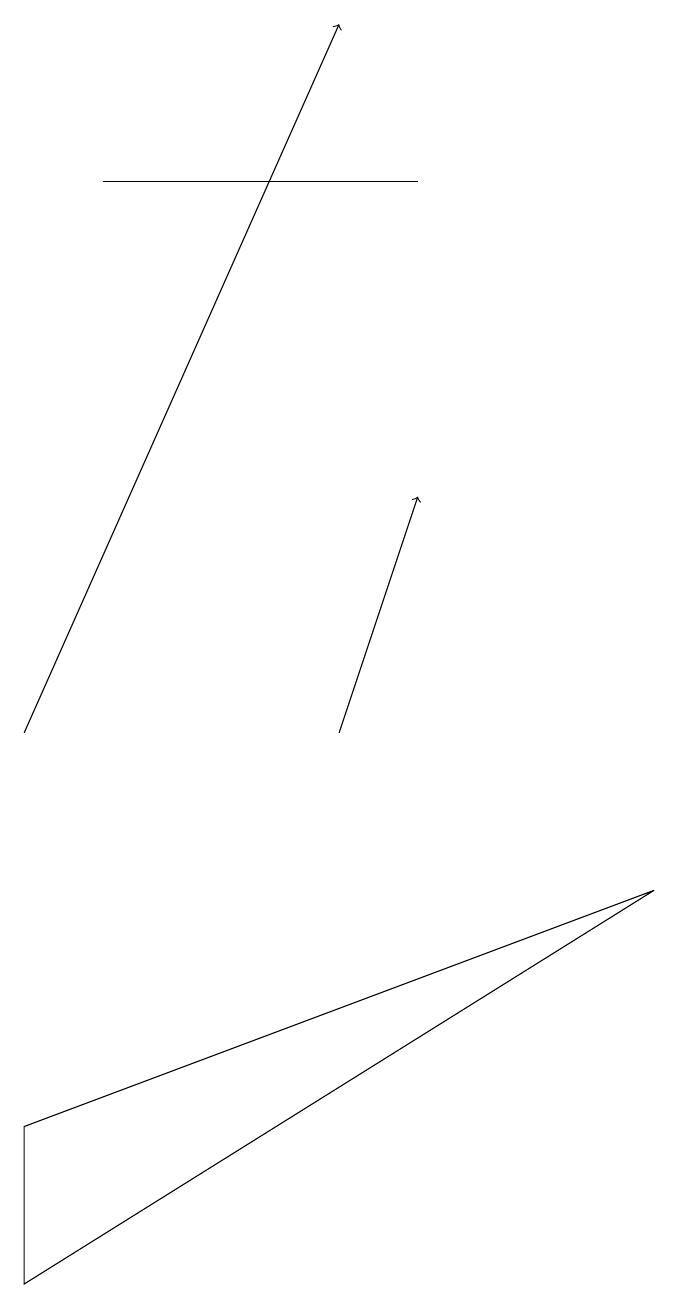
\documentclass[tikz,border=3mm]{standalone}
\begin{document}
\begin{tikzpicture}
\draw[->] (4,10) -- (5,13);
\draw (1,17) rectangle (5,17);
\draw[->] (0,10) -- (4,19);
\draw (0,5) -- (0,3) -- (8,8) -- cycle;
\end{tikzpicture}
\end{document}